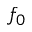
f _ { 0 }